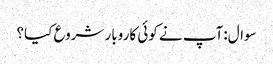
سوال:آپ نے کوئی کاروبار شروع کیا؟